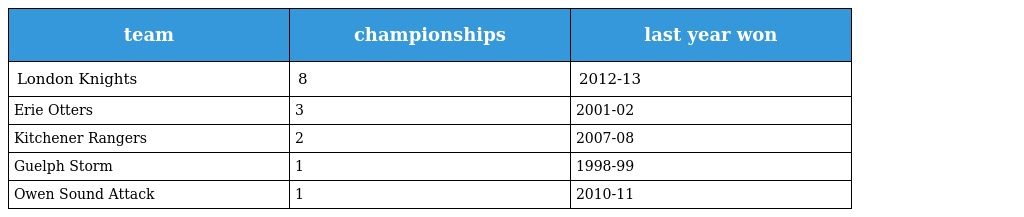
| team | championships | last year won |
 | --- | --- | --- |
 | London Knights | 8 | 2012-13 |
 | Erie Otters | 3 | 2001-02 |
 | Kitchener Rangers | 2 | 2007-08 |
 | Guelph Storm | 1 | 1998-99 |
 | Owen Sound Attack | 1 | 2010-11 |